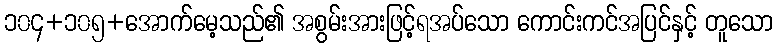
၁၀၄+၁၀၅+အောက်မေ့သည်၏ အစွမ်းအားဖြင့်ရအပ်သော ကောင်းကင်အပြင်နှင့် တူသော